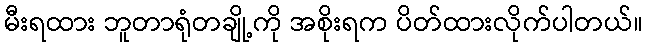
မီးရထား ဘူတာရုံတချို့ကို အစိုးရက ပိတ်ထားလိုက်ပါတယ်။